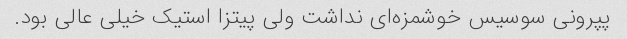
پپرونی سوسیس خوشمزه‌ای نداشت ولی پیتزا استیک خیلی عالی بود.